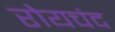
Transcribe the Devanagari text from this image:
रोयचंद